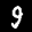
Label: 9